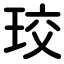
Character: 珓